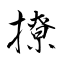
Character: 撩